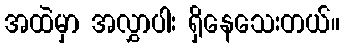
အထဲမှာ အလွှာပါး ရှိနေသေးတယ်။